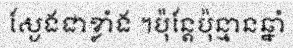
ស្ងែងជាខ្លាំង ។ប៉ុន្តែប៉ុន្មានឆ្នាំ